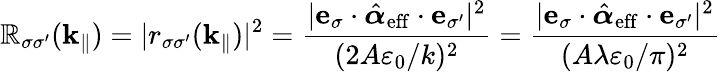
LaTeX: \mathbb{R}_{\sigma\sigma^{\prime}}(\mathbf{{k}}_{\| })=|r_{\sigma\sigma^{\prime}}(\mathbf{{k}}_{\| })|^{2}=\frac{{|\mathbf{{e}}_{\sigma}\cdot\hat{{\boldsymbol{\alpha}}}_{\mathrm{{eff}}}\cdot\mathbf{{e}}_{\sigma^{\prime}}|^{2}}}{{(2A\varepsilon_{0}/k)^{2}}}=\frac{{|\mathbf{{e}}_{\sigma}\cdot\hat{{\boldsymbol{\alpha}}}_{\mathrm{{eff}}}\cdot\mathbf{{e}}_{\sigma^{\prime}}|^{2}}}{{(A\lambda\varepsilon_{0}/\pi)^{2}}}